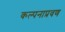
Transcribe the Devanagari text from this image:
कल्पनाप्रवण